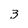
Character: 3